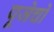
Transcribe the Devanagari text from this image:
पूजेचो